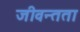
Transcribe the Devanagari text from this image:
जीवन्‍तता